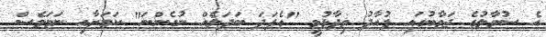
އެ ސުވާލުގެ ޖަވާބުގައި ފުއާދު ވިދާޅުވީ "އެފަދަ ބަދަލެއް ނުގެންނަ" ކަމަށާއި ނަމަވެސް